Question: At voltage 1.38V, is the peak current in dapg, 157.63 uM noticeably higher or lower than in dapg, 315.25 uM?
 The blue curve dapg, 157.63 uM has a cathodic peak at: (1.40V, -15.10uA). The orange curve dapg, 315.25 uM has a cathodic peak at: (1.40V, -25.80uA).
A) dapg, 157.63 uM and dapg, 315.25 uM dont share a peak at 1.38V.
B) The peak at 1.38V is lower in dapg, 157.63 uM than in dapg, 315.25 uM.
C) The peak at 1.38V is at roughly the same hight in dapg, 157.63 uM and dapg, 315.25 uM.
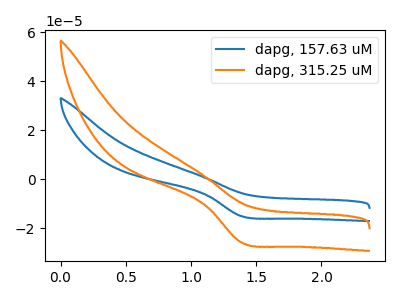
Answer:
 <answer>B) The peak at 1.38V is lower in "dapg, 157.63 uM" than in "dapg, 315.25 uM".</answer>
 <eval>B</eval>